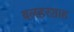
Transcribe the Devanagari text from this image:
बलहरशाह